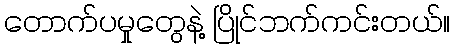
တောက်ပမှုတွေနဲ့ ပြိုင်ဘက်ကင်းတယ်။